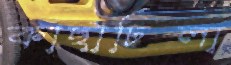
কাছাঢিলা